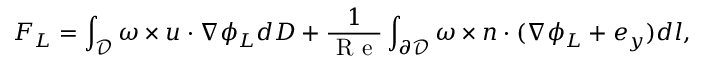
F _ { L } = \int _ { \mathcal { D } } \boldsymbol { \omega } \times \boldsymbol { u } \cdot \nabla \phi _ { L } d D + \frac { 1 } { \mathrm { ~ R ~ e ~ } } \int _ { \partial \mathcal { D } } \boldsymbol { \omega } \times \boldsymbol { n } \cdot ( \nabla \phi _ { L } + \boldsymbol { e } _ { y } ) d l ,